Indian journal of veterinary science and animal husbandry - Volumes 24-25, 1954-1955
Year: 1954
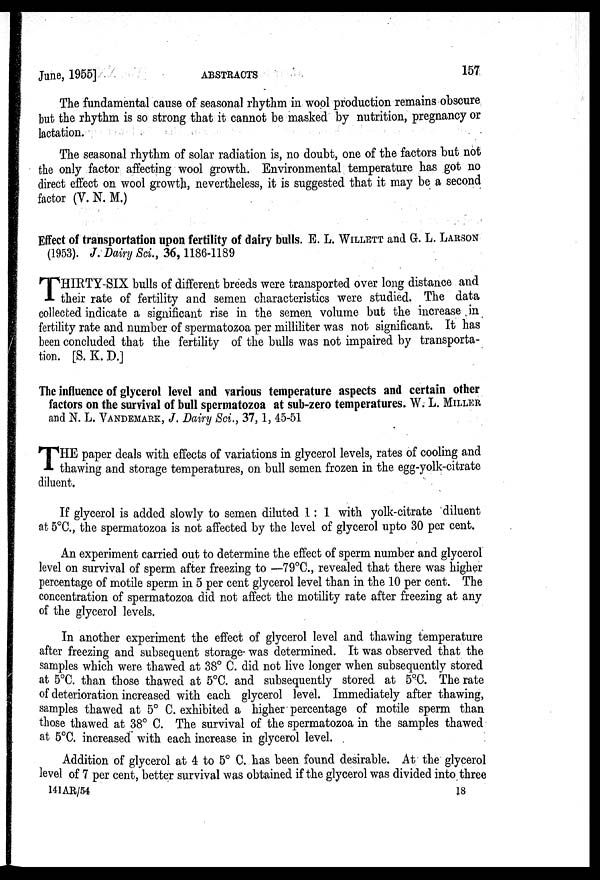
June, 1955]
ABSTRACTS
157
The fundamental cause of seasonal rhythm in wool production remains obscure
but the rhythm is so strong that it cannot be masked by nutrition, pregnancy or
lactation.
The seasonal rhythm of solar radiation is, no doubt, one of the factors but not
the only factor affecting wool growth. Environmental temperature has got no
direct effect on wool growth, nevertheless, it is suggested that it may be a second
factor (V. N. M.)
Effect of transportation upon fertility of dairy bulls. E. L. WILLETT and G. L. LARSON
(1953). J. Dairy Sci., 36, 1186-1189
T HIRTY-SIX bulls of different breeds were transported over long distance and
their rate of fertility and semen characteristics were studied. The data
collected indicate a significant rise in the semen volume but the increase in
fertility rate and number of spermatozoa per milliliter was not significant. It has
been concluded that the fertility of the bulls was not impaired by transporta-
tion. [S.K.D.]
The influence of glycerol level and various temperature aspects and certain other
factors on the survival of bull spermatozoa at sub-zero temperatures. W. L. MILLER
and N. L. VANDEMARK, J. Dairy Sci., 37, 1, 45-51
T HE paper deals with effects of variations in glycerol levels, rates of cooling and
thawing and storage temperatures, on bull semen frozen in the egg-yolk-citrate
diluent.
If glycerol is added slowly to semen diluted 1 : 1 with yolk-citrate diluent
at 5°C., the spermatozoa is not affected by the level of glycerol upto 30 per cent.
An experiment carried out to determine the effect of sperm number and glycerol
level on survival of sperm after freezing to —79°C., revealed that there was higher
percentage of motile sperm in 5 per cent glycerol level than in the 10 per cent. The
concentration of spermatozoa did not affect the motility rate after freezing at any
of the glycerol levels.
In another experiment the effect of glycerol level and thawing temperature
after freezing and subsequent storage was determined. It was observed that the
samples which were thawed at 38° C. did not live longer when subsequently stored
at 5°C. than those thawed at 5°C. and subsequently stored at 5ºC. The rate
of deterioration increased with each glycerol level. Immediately after thawing,
samples thawed at 5° C. exhibited a higher percentage of motile sperm than
those thawed at 38° C. The survival of the spermatozoa in the samples thawed
at 5°C. increased with each increase in glycerol level.
Addition of glycerol at 4 to 5° C. has been found desirable. At the glycerol
level of 7 per cent, better survival was obtained if the glycerol was divided into three
141 AR/54
18